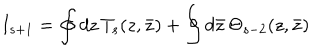
LaTeX: I _ { s + 1 } = \oint d z \, T _ { s } ( z , \bar { z } ) + \oint d \bar { z } \, \Theta _ { s - 2 } ( z , \bar { z } )